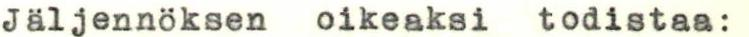
Jaljennöksen oikeaksi todistaa: